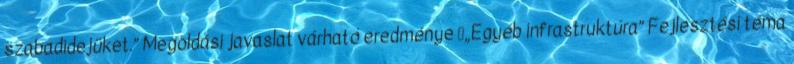
szabadidejüket.” Megoldási javaslat várható eredménye ▪„Egyéb infrastruktúra” Fejlesztési téma